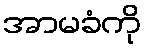
အာမခံကို